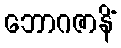
ဘောဂဇာနိံ